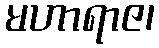
မဟာရာဇ၊